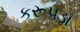
કરૂપડા